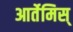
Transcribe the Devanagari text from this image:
आर्तेमिस्‌